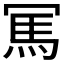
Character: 𠖖